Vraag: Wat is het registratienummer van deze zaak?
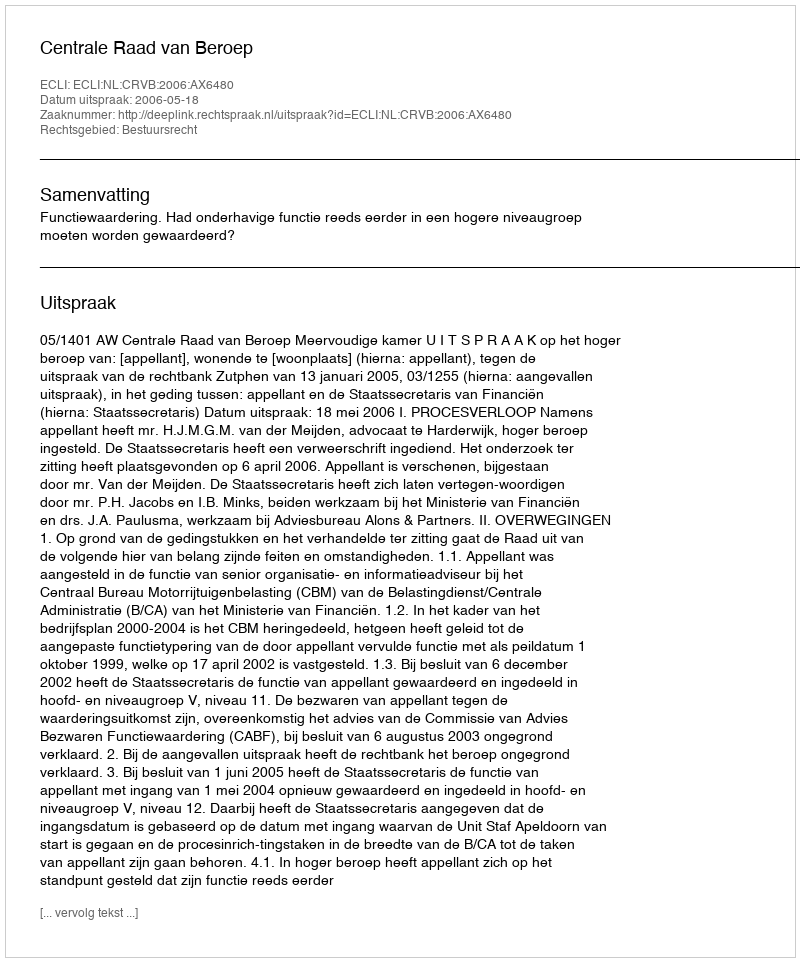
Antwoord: http://deeplink.rechtspraak.nl/uitspraak?id=ECLI:NL:CRVB:2006:AX6480